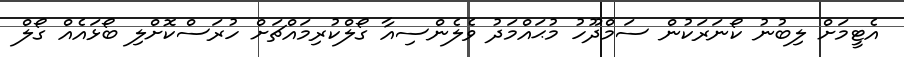
އެޓީމަށް ލިބުނު ކޯނަރަކުން ސަމްދޫހު މުޙައްމަދު ވެލެންސިއާ ގޯލްކުރިމައްޗަށް ހުރަސްކޮށްލި ބޯޅައެއް ގޯލް